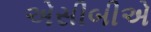
એસીબીએ